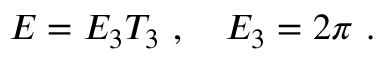
E = E _ { 3 } T _ { 3 } \ , \ \ \ E _ { 3 } = 2 \pi \ .